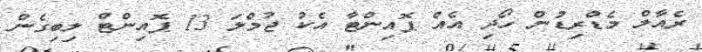
ރެއާލް މެޑްރިޑުން ހޯދި އެއް ޕޮއިންޓާ އެކު ޖުމްލަ 13 ޕޮއިންޓް ލިބިގެން